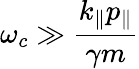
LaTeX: \omega_{c}\gg\frac{k_{\parallel}p_{\parallel}}{\gamma m}